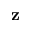
\mathbf z